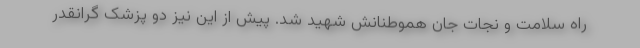
راه سلامت و نجات جان هموطنانش شهید شد. پیش از این نیز دو پزشک گرانقدر